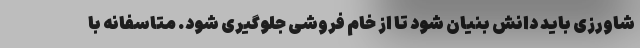
شاورزی باید دانش بنیان شود تا از خام فروشی جلوگیری شود. متاسفانه با